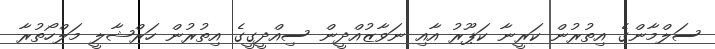
ސަލްމާންގެ އިތުރުން ކަރީނާ ކަޕޫރު އާއި ނަވާޒުއްދީން ސިއްދީގީގެ އިތުރުން ހަރްޝާލީ މަލްހޯތުރާ